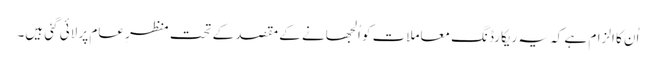
اُن کا الزام ہے کہ یہ ریکارڈنگ معاملات کو اُلجھانے کے مقصد کے تحت منظرِ عام پر لائی گئی ہیں۔